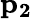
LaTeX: \mathbf{p_{2}}